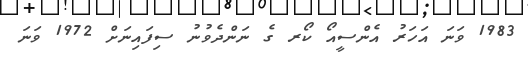
1983 ވަނަ އަހަރު އެންސީއޯ ކޯރ ގެ ނަންދެވުނު ސިފައިނަށް 1972 ވަނަ